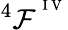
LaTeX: ^4{\cal F}^{^{\mathrm{~I~V~}}}